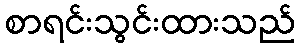
စာရင်းသွင်းထားသည်